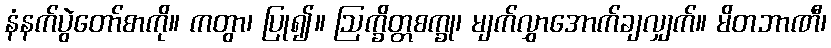
နံနက်ပွဲတော်စာကို။ ကတွာ၊ ပြု၍။ ဩက္ခိတ္တစက္ခု၊ မျက်လွှာအောက်ချလျှက်။ မိတဘာဏီ၊